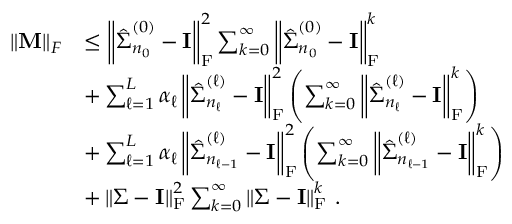
\begin{array} { r l } { \left\lVert { \mathbf { M } } \right\rVert _ { F } } & { \le \left\lVert \hat { { \boldsymbol { \Sigma } } } _ { n _ { 0 } } ^ { ( 0 ) } - { \mathbf { I } } \right\rVert _ { \mathrm { F } } ^ { 2 } \sum _ { k = 0 } ^ { \infty } \left\lVert \hat { { \boldsymbol { \Sigma } } } _ { n _ { 0 } } ^ { ( 0 ) } - { \mathbf { I } } \right\rVert _ { \mathrm { F } } ^ { k } } \\ & { + \sum _ { \ell = 1 } ^ { L } \alpha _ { \ell } \left\lVert \hat { { \boldsymbol { \Sigma } } } _ { n _ { \ell } } ^ { ( \ell ) } - { \mathbf { I } } \right\rVert _ { \mathrm { F } } ^ { 2 } \left( \sum _ { k = 0 } ^ { \infty } \left\lVert \hat { { \boldsymbol { \Sigma } } } _ { n _ { \ell } } ^ { ( \ell ) } - { \mathbf { I } } \right\rVert _ { \mathrm { F } } ^ { k } \right) } \\ & { + \sum _ { \ell = 1 } ^ { L } \alpha _ { \ell } \left\lVert \hat { { \boldsymbol { \Sigma } } } _ { n _ { \ell - 1 } } ^ { ( \ell ) } - { \mathbf { I } } \right\rVert _ { \mathrm { F } } ^ { 2 } \left( \sum _ { k = 0 } ^ { \infty } \left\lVert \hat { { \boldsymbol { \Sigma } } } _ { n _ { \ell - 1 } } ^ { ( \ell ) } - { \mathbf { I } } \right\rVert _ { \mathrm { F } } ^ { k } \right) } \\ & { + \left\lVert { \boldsymbol { \Sigma } } - { \mathbf { I } } \right\rVert _ { \mathrm { F } } ^ { 2 } \sum _ { k = 0 } ^ { \infty } \left\lVert { \boldsymbol { \Sigma } } - { \mathbf { I } } \right\rVert _ { \mathrm { F } } ^ { k } \, . } \end{array}